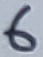
Text: 6